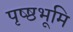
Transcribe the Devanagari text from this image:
पृष्ष्ठभूमि